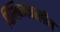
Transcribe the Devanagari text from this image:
विभिन्नकालीन